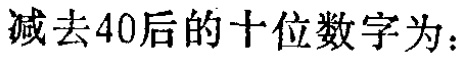
减去40后的十位数字为：